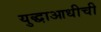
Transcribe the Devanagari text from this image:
युद्धाआधीची